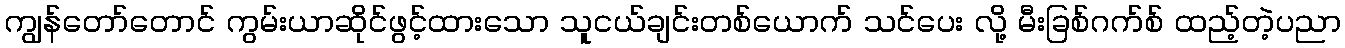
ကျွန်တော်တောင် ကွမ်းယာဆိုင်ဖွင့်ထားသော သူငယ်ချင်းတစ်ယောက် သင်ပေး လို့ မီးခြစ်ဂက်စ် ထည့်တဲ့ပညာ